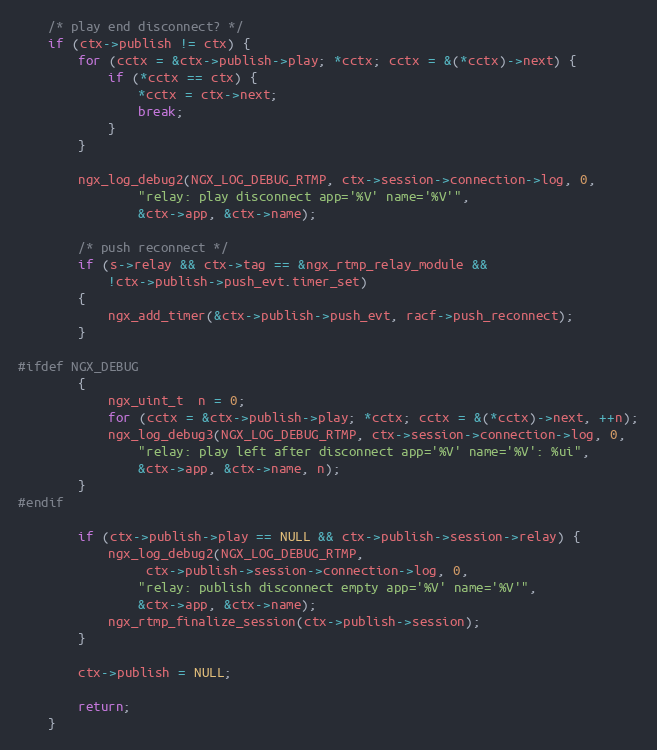
Language: C
    /* play end disconnect? */
    if (ctx->publish != ctx) {
        for (cctx = &ctx->publish->play; *cctx; cctx = &(*cctx)->next) {
            if (*cctx == ctx) {
                *cctx = ctx->next;
                break;
            }
        }

        ngx_log_debug2(NGX_LOG_DEBUG_RTMP, ctx->session->connection->log, 0,
                "relay: play disconnect app='%V' name='%V'",
                &ctx->app, &ctx->name);

        /* push reconnect */
        if (s->relay && ctx->tag == &ngx_rtmp_relay_module &&
            !ctx->publish->push_evt.timer_set)
        {
            ngx_add_timer(&ctx->publish->push_evt, racf->push_reconnect);
        }

#ifdef NGX_DEBUG
        {
            ngx_uint_t  n = 0;
            for (cctx = &ctx->publish->play; *cctx; cctx = &(*cctx)->next, ++n);
            ngx_log_debug3(NGX_LOG_DEBUG_RTMP, ctx->session->connection->log, 0,
                "relay: play left after disconnect app='%V' name='%V': %ui",
                &ctx->app, &ctx->name, n);
        }
#endif

        if (ctx->publish->play == NULL && ctx->publish->session->relay) {
            ngx_log_debug2(NGX_LOG_DEBUG_RTMP,
                 ctx->publish->session->connection->log, 0,
                "relay: publish disconnect empty app='%V' name='%V'",
                &ctx->app, &ctx->name);
            ngx_rtmp_finalize_session(ctx->publish->session);
        }

        ctx->publish = NULL;

        return;
    }